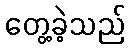
တွေ့ခဲ့သည်